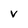
Character: v